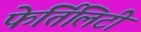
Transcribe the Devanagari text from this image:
फेर्तिलिटी